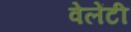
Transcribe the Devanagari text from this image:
वेलेंटी